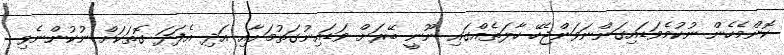
ކޮންމެހެން ނުކުމެވަޑައިގަންނަވަންޖެހޭ ހާލަތެއްގައި ނޫނީ ބޭރަށް ވަޑައިނުގަތުމަށާއި އަދި އެފަދަ ގޮތަކަށް ނުކުންނެވި